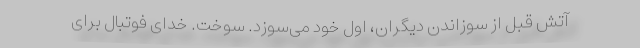
آتش قبل از سوزاندن دیگران، اول خود می‌سوزد. سوخت. خدای فوتبال برای